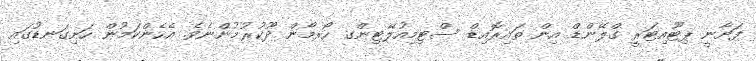
ފަށާނީ ޕިޓޫއިޓަރީ ގްލޭންޑް އިން ތައިރޮއިޑް ސްޓިމިއުލޭޓިންގ ހޯރމޯން ދޫކުރުމުންނެވެ. އެހެންކަމުން ހަށިގަނޑުގައި